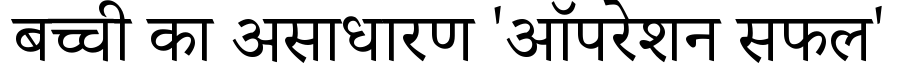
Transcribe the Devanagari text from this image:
बच्ची का असाधारण 'ऑपरेशन सफल'